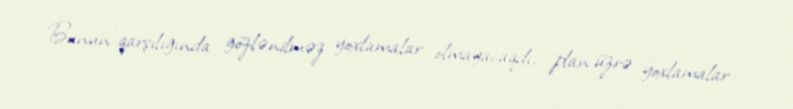
Bunun qarşılığında gözlənilməz yoxlamalar olmayacaqdı, plan üzrə yoxlamalar